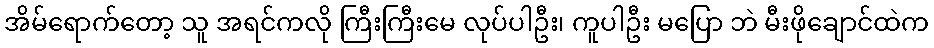
အိမ်ရောက်တော့ သူ အရင်ကလို ကြီးကြီးမေ လုပ်ပါဦး၊ ကူပါဦး မပြော ဘဲ မီးဖိုချောင်ထဲက